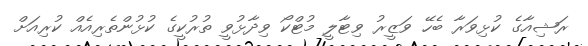
ރަޝިއާގެ ކުޅިވަރާ ބެހޭ ވަޒީރު ވިޓާލީ މުޓްކޯ ވިދާޅުވީ ތުރުކީގެ ކުުޅުންތެރިއެއް ކުރިއަށް